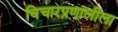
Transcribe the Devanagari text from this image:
विचारप्रणालीला